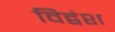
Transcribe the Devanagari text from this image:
विद्वंश